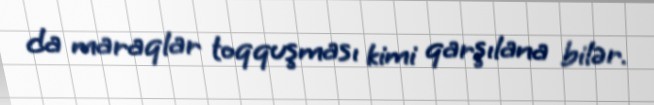
da maraqlar toqquşması kimi qarşılana bilər.